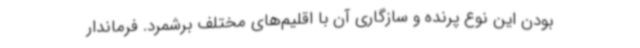
بودن این نوع پرنده و سازگاری آن با اقلیم‌های مختلف برشمرد. فرماندار